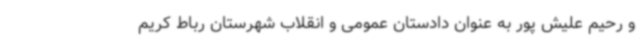
و رحیم علیش پور به عنوان دادستان عمومی و انقلاب شهرستان رباط کریم